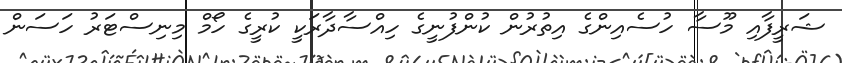
ޝަރީފާއި މޫސާ ހުސެއިންގެ އިތުރުން ކުންފުނީގެ ހިއްސާދާރަކީ ކުރީގެ ހޯމް މިނިސްޓަރު ހަސަން